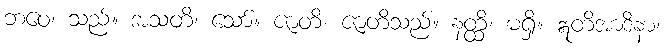
ဘဝေ၊ သည်။ အသတိ၊ သော်။ ဇာတိ၊ ဇာတိသည်။ နတ္ထိ၊ မရှိ။ ဣတိအာဒိနာ၊